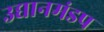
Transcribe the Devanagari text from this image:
उद्यानमंडप